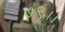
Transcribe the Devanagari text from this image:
७९।।